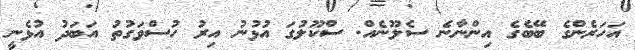
އަހަރެންގެ ބޭބެގެ އިންނާނެ ސެލޫނެއް. ސްކޫލުގަ އުޅުނު އިރު ހުސްވަގުތު އަބަދު އުޅެނީ